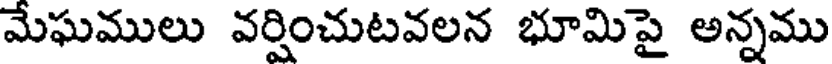
మేఘములు వర్షించుటవలన భూమిపై అన్నము